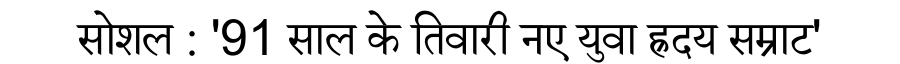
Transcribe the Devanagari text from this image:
सोशल : '91 साल के तिवारी नए युवा ह्रदय सम्राट'